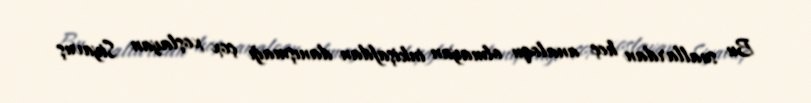
Bu suallardan heç analoqu olmayan inkişafdan danışmağı çox xoşlayan Siyavuş